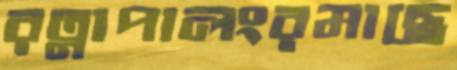
রত্নাপালংরমাছে